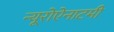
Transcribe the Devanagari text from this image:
न्यूरोऐनाटमी